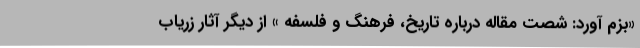
«بزم آورد: شصت مقاله درباره تاریخ، فرهنگ و فلسفه » از دیگر آثار زریاب